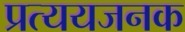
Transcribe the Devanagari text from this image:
प्रत्ययजनक